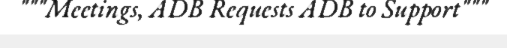
"""Meetings, ADB Requests ADB to Support"""